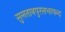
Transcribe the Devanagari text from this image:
सुलतानपुरसभाचन्द